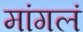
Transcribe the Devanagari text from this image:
मांगलं